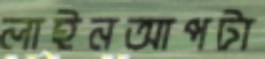
লাইনআপটা